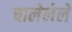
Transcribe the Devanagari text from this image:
चालेलेले